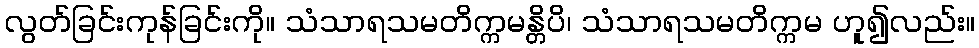
လွတ်ခြင်းကုန်ခြင်းကို။ သံသာရသမတိက္ကမန္တိပိ၊ သံသာရသမတိက္ကမ ဟူ၍လည်း။